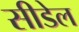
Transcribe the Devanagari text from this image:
सीडेल